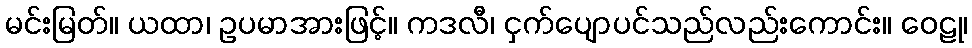
မင်းမြတ်။ ယထာ၊ ဥပမာအားဖြင့်။ ကဒလီ၊ ငှက်ပျောပင်သည်လည်းကောင်း။ ဝေဠု၊